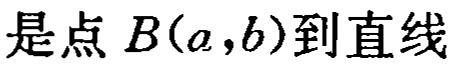
是点 \(B(a,b)\) 到直线